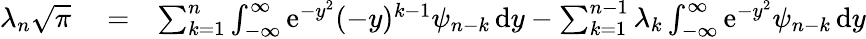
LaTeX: \begin{array}{rlr}{\lambda_{n}\sqrt{\pi}}&{{}=}&{\sum_{k=1}^{n}\int_{-\infty}^{\infty}\mathrm{e}^{-y^{2}}(-y)^{k-1}\psi_{n-k}\, \mathrm{d}y-\sum_{k=1}^{n-1}\lambda_{k}\int_{-\infty}^{\infty}\mathrm{e}^{-y^{2}}\psi_{n-k}\, \mathrm{d}y}\end{array}